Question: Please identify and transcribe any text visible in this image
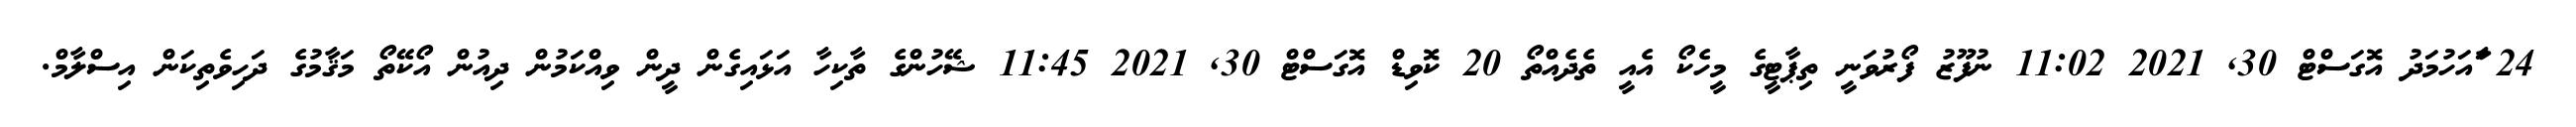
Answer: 24 ާައަހުމަދު އޮގަސްޓް 30, 2021 11:02 ނުފޫޒު ފޯރުވަނީ ތިޕާޓީގެ މީހެކޯ އެއީ ތެދެއްތޯ 20 ކޮވިޑް އޮގަސްޓް 30, 2021 11:45 ޝޭހުންގެ ތާކިހާ އަޅައިގެން ދީން ވިއްކަމުން ދިއުން އޯކޭތޯ މަޤާމުގެ ދަހިވެތިކަން އިސްލާމް.